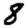
Digit: 8